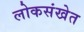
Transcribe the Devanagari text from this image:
लोकसंखेत